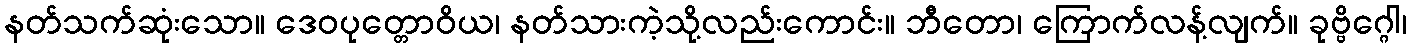
နတ်သက်ဆုံးသော။ ဒေဝပုတ္တောဝိယ၊ နတ်သားကဲ့သို့လည်းကောင်း။ ဘီတော၊ ကြောက်လန့်လျက်။ ခုဗ္ဗိဂ္ဂေါ၊